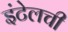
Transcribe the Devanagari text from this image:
इंटेलची